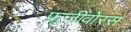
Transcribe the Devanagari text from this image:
फ्रूजीवोरस